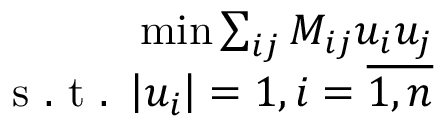
\begin{array} { r } { \operatorname* { m i n } \sum _ { i j } M _ { i j } u _ { i } u _ { j } } \\ { \mathrm { ~ s ~ . ~ t ~ . ~ } \left| u _ { i } \right| = 1 , i = \overline { { 1 , n } } } \end{array}